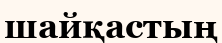
шайқастың